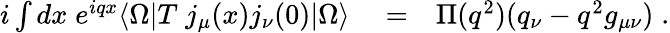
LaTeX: \begin{array}{rlr}{i\int dx\; e^{iqx}\langle\Omega|T\; j_{\mu}(x)j_{\nu}(0)|\Omega\rangle}&{{}=}&{\Pi(q^{2})(q_{\nu}-q^{2}g_{\mu\nu})\; .}\end{array}